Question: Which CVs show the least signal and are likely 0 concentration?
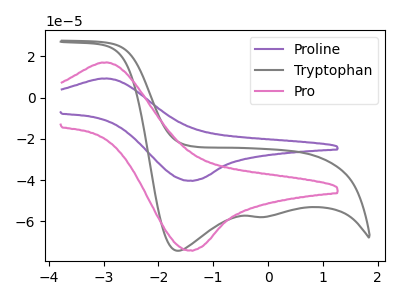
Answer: <think>The purple curve "Proline" has an anodic peak at (-3.00V, 9.25uA) and a cathodic peak at (-1.40V, -40.20uA). The gray curve "Tryptophan" has cathodic peaks at (-1.65V, -74.20uA) (-0.20V, -57.85uA). The pink curve "Pro" has an anodic peak at (-3.00V, 16.95uA) and a cathodic peak at (-1.40V, -73.95uA).</think>
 <answer>There are not any CV's on this graph that are likely to be blanks.</answer>
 <eval>none</eval>